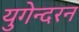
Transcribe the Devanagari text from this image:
युगेन्दरन